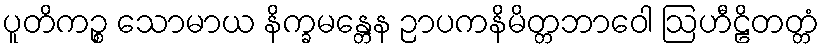
ပူတိကဉ္စ သောမာယ နိက္ခမန္တေန ဉာပကနိမိတ္တဘာဝေါ ဩဟီဠိတတ္တံ